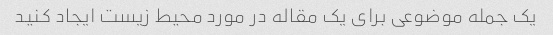
یک جمله موضوعی برای یک مقاله در مورد محیط زیست ایجاد کنید